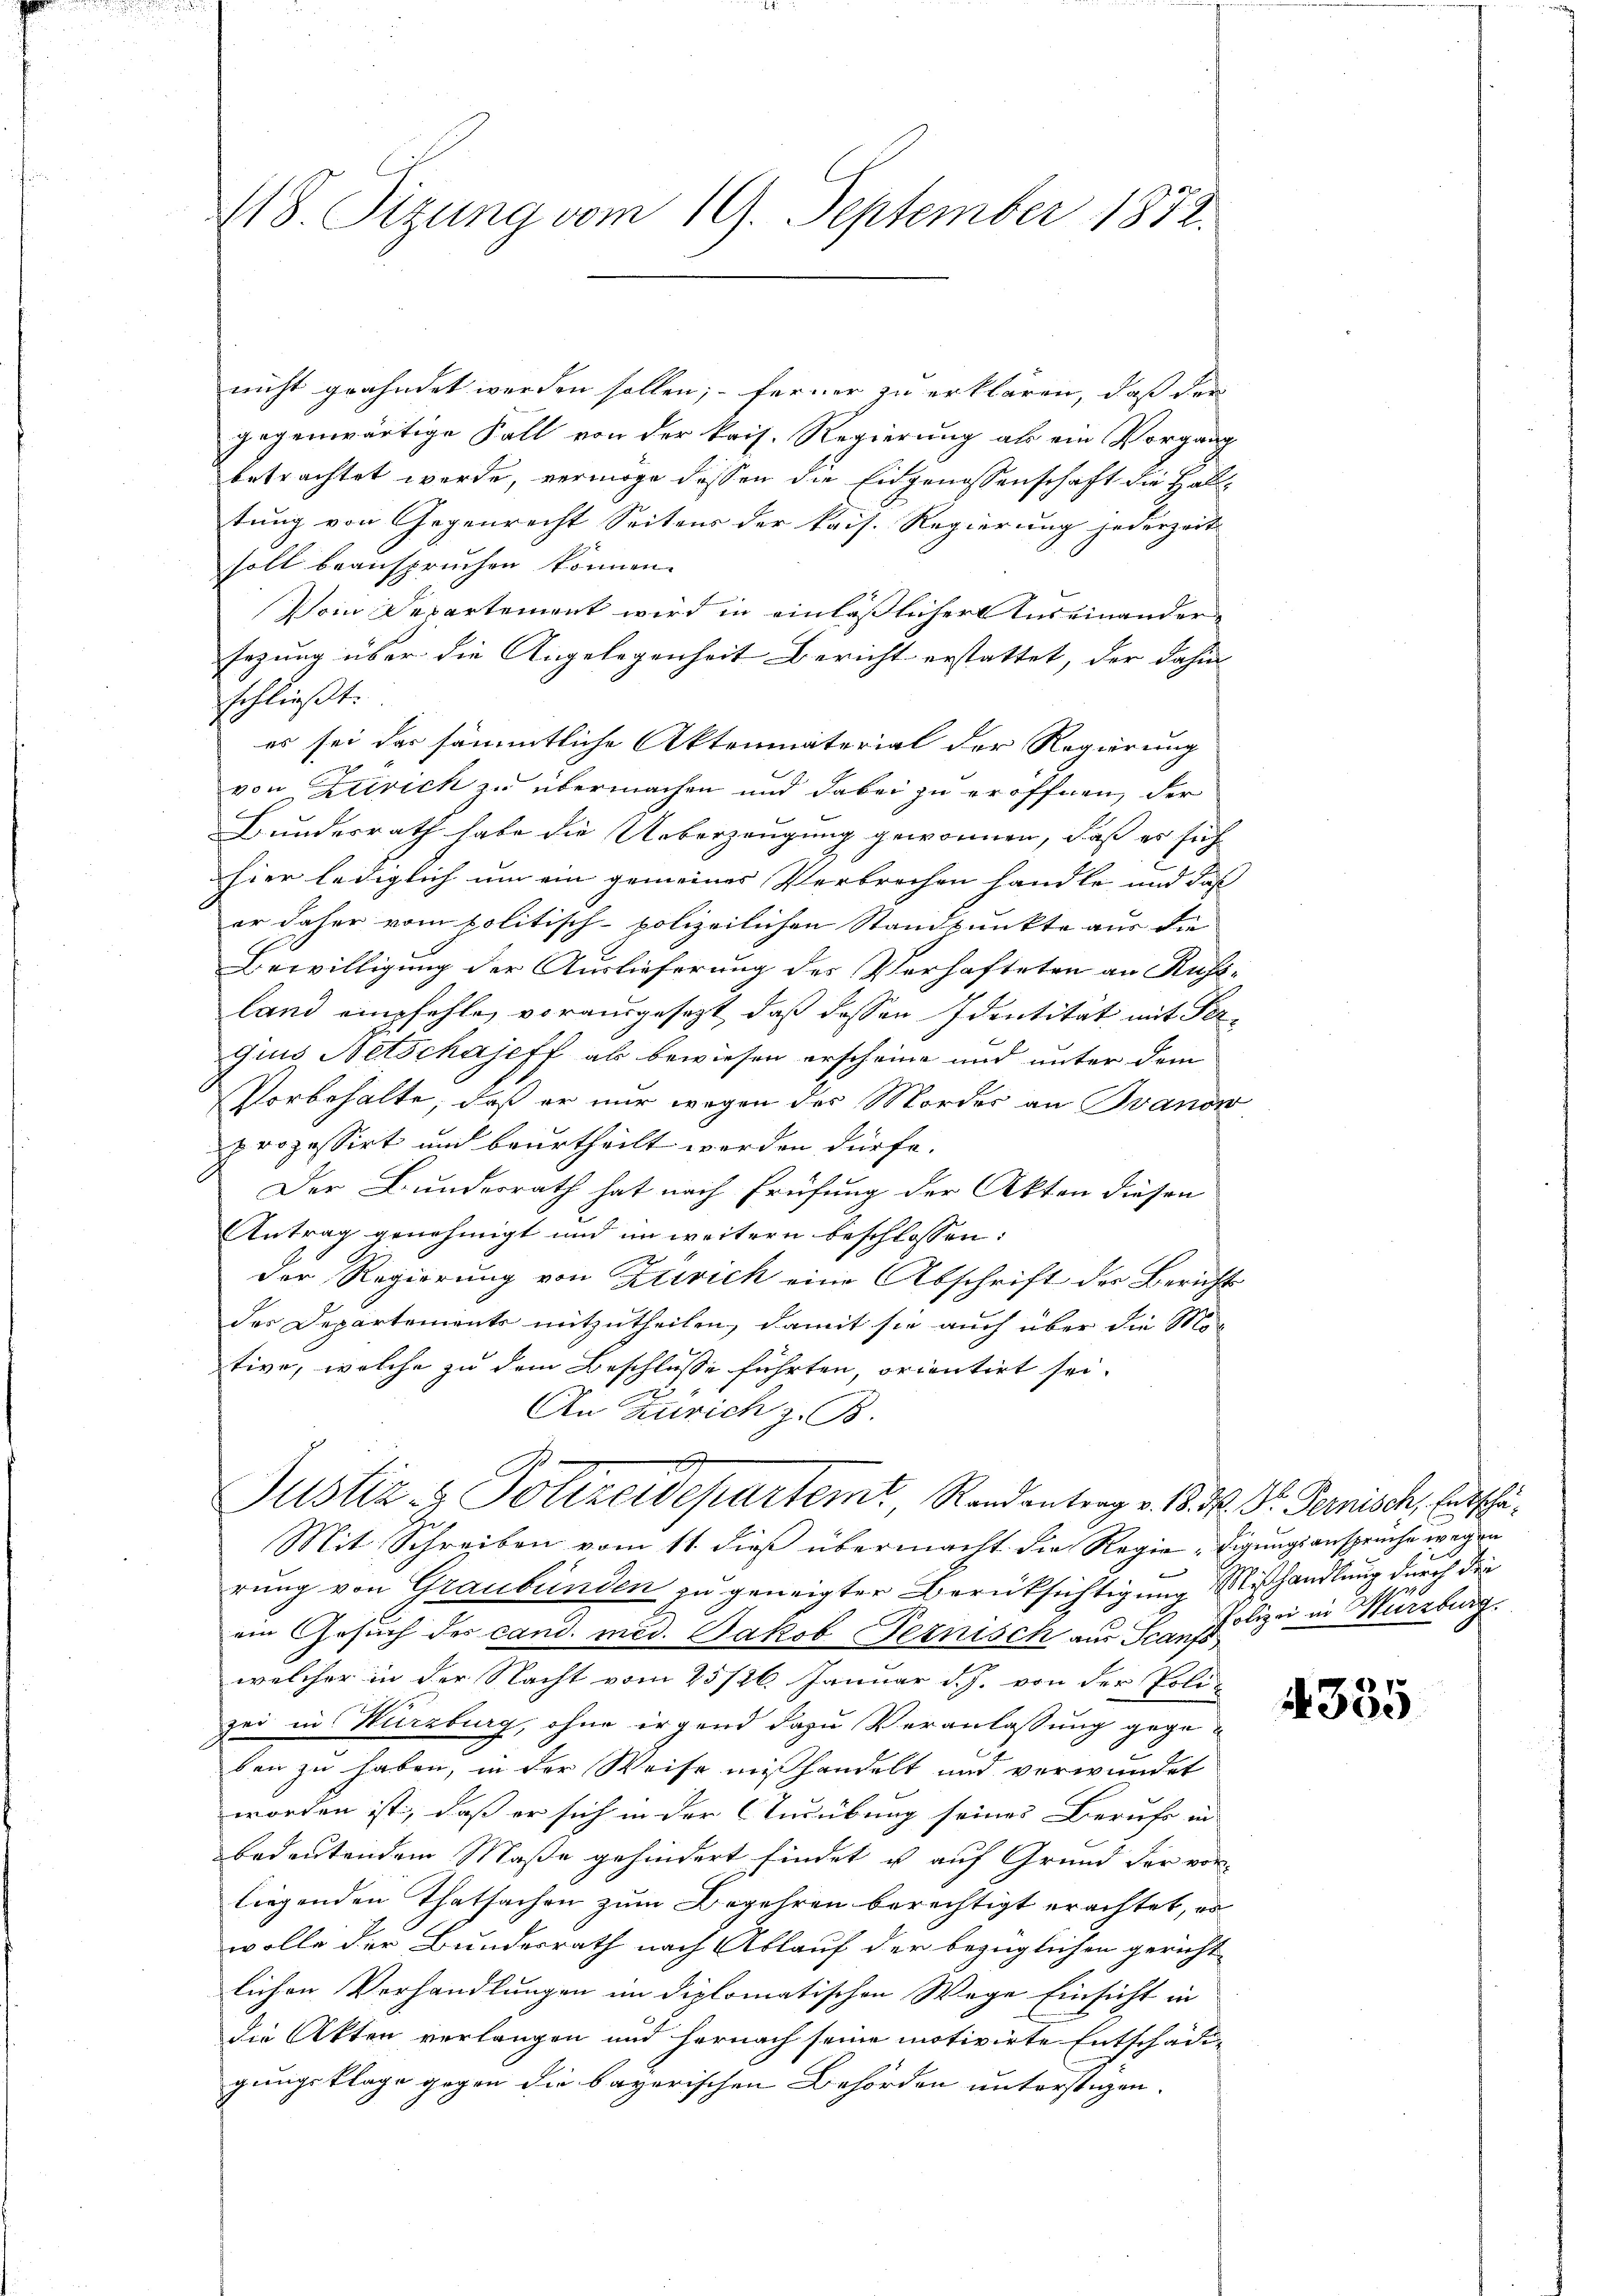
118. Sitzung vom 19. September 1872.

nicht grahndet werden sollen; ferner zu erklären, daß der
gegenwärtige Fall von der kris. Regierung als ein Vorgang
betrachtet werde, vermöge dessen die Eidgenossenschaft die Halltung von Gegenrecht Seitens der kais. Regierung jederzeit
soll beanspruchen können.
Dein Departement wird in einläßlicher Auseinandersezung über die Angelegenheit Bericht erstattet, der dahin
schließt:
es sei der sämmtliche Aktenmaterial der Regierung
von Zivich zu übermachen und dabei zu eröffnen, der
Bundesrath habe die Ueberzeugung gewonnen, daß es such
hier lediglich um ein gemeines Verbrechen handle und daß
er daher vom politisch-polizeilichen Standpunkte aus die
Bewilligung der Auslieferung des Verhafteten an Ruftland empfehle, vorausgesezt, daß dessen Identität mit Fergius Netschajeff als bewiesen erscheine und unter dem
Vorbehalte, daß er nur wegen des Mordes an Ivanow
prozessirt und beurtheilt werden dürfe.
Der Bundesrath hat nach Prüfung der Akten diesen
Antrag genehmigt und im weitern beschlossen:
Der Regierung von Klivich eine Abschrift der Bericht
des Departements mitzutheilen, damit sie auch über die Mitive, welche zu dem Beschlusse führten, orientirt sei.
An Zürich z. B.
d
A
Justiz- & Polizeidepartem, Randantrag v. 18. M. Dr. Pernisch, Entschä¬
Mit Schreiben vom 11. dieß übermacht die Regie-Eigungsansprüche wegen
.
rung von Graubünden zu geneigter Berücksichtigung Mißhandlung durch die
ein Gesuch des cand. med. Jakob Pernisch aus Scan Polizei in Würzburg
welcher in der Nacht vom 25/26. Januar d. J. von der Poli-
zei in Kurzburg, ohne irgend dazu Veranlassung gegeben zu haben, in der Weise mißhandelt und verwundet
worden ist, daß er sich in der Ausübung seines Beruhe in
bedeutendem Maße gehindert findet u auf Grund der vor-
liegenden Thatsachen zum Begehren berechtigt erachtet, es
wolle der Bundesrath nach Ablauf der bezüglichen gericht
lichen Verhandlungen im diplomatischen Wege Einsicht in
die Akten verlangen und hernach seine motivirte Entschädigungsklage gegen die bayerischen Behörden unterstigen.

335